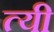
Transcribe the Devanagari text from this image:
त्यी